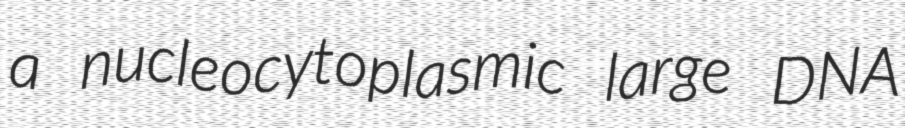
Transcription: a nucleocytoplasmic large DNA